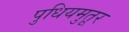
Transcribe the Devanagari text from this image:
पुधियमुतूर